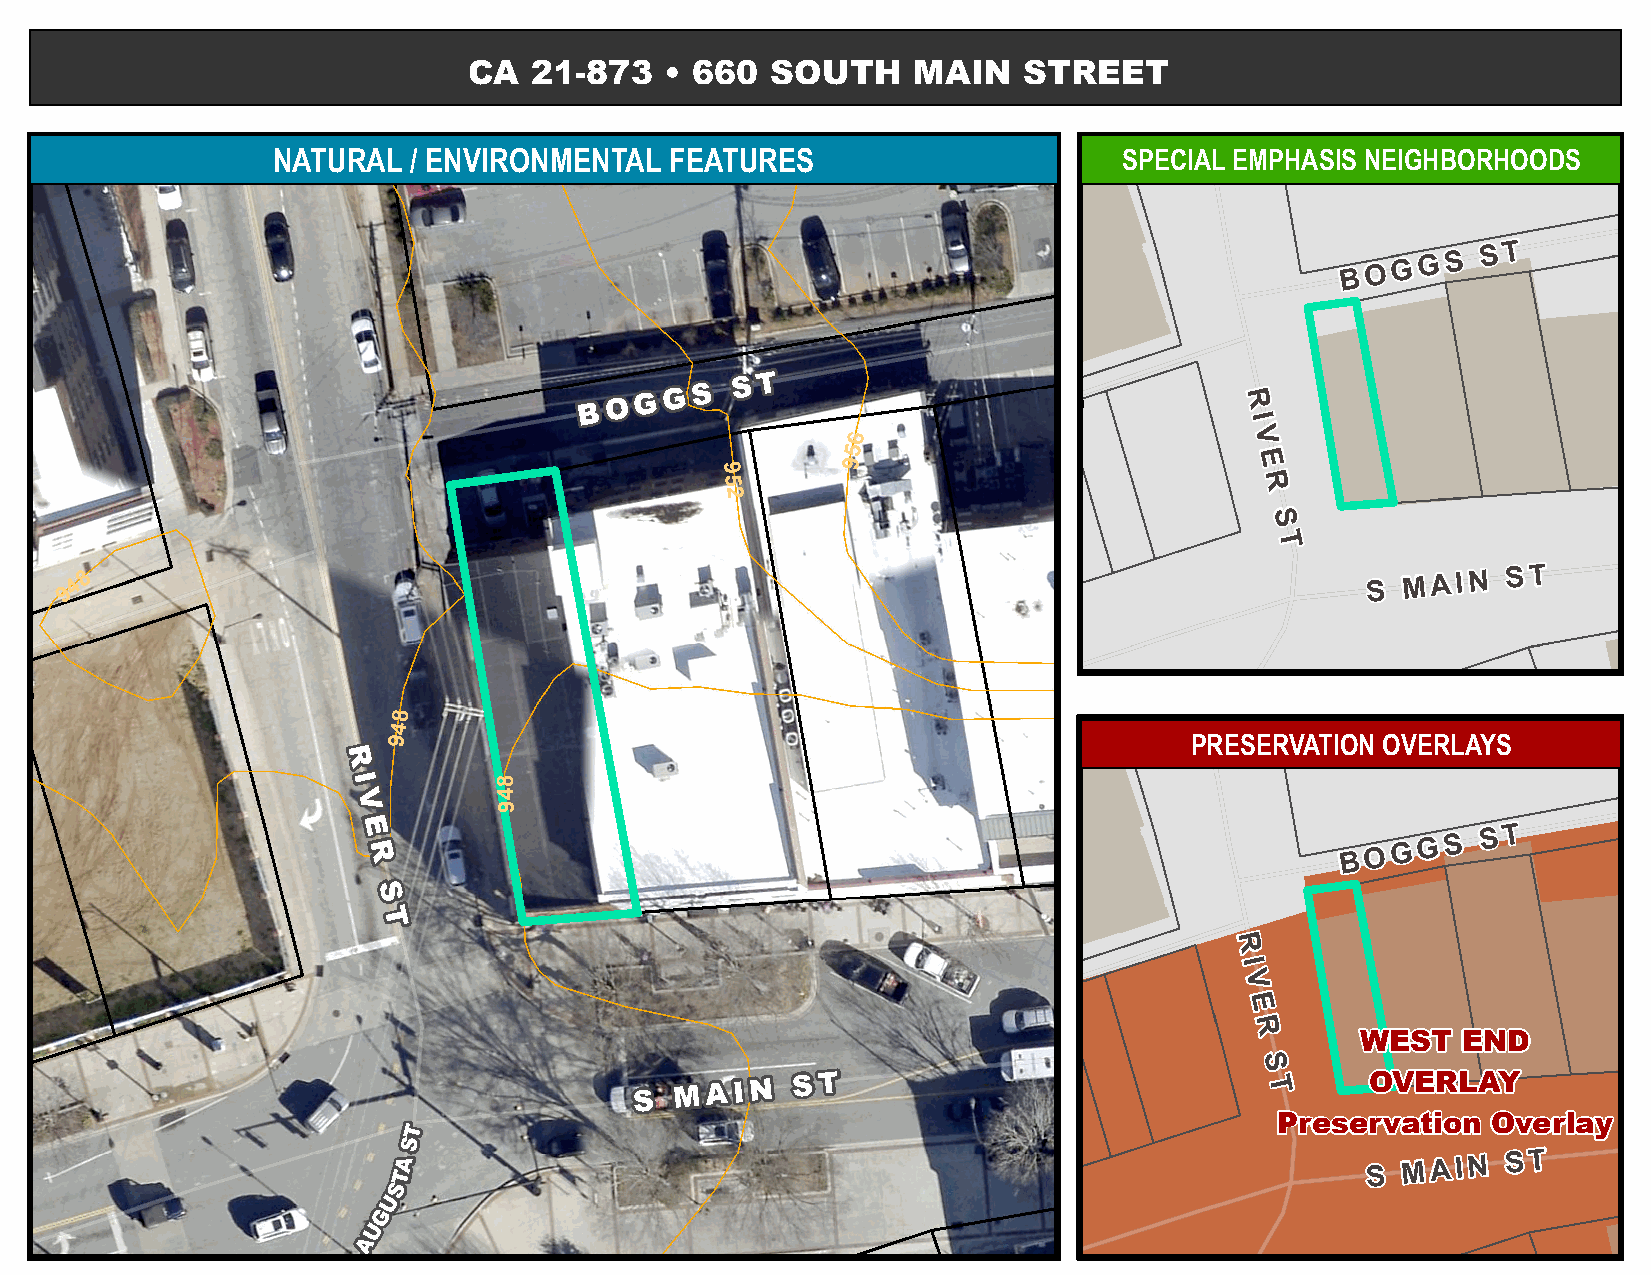
NATURAL  / ENVIRONMENTAL  FEATURES                      SPECIAL EMPHASIS NEIGHBORHOODS
 B O G G S S T
 R
 I
 6                         V
 5
 9                          E
 9
 5                                   R
 2
 S
 T
 948                                                                                    S M A I N S T
 8
 4
 9                                                    PRESERVATION OVERLAYS
 8
 4
 9
 B O G G S S T
 R
 I
 V
 E
 R
 S
 T
 S M A I N S T